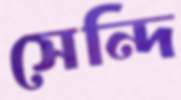
সেন্দি